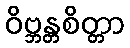
ဝိဗ္ဘန္တစိတ္တာ